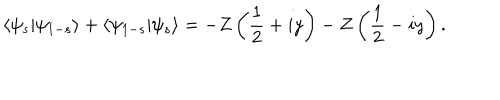
\langle \psi _ { s } \vert \psi _ { 1 - s } \rangle + \langle \psi _ { 1 - s } \vert \psi _ { s } \rangle = - Z \left( \frac { 1 } { 2 } + i y \right) - Z \left( \frac { 1 } { 2 } - i y \right) .